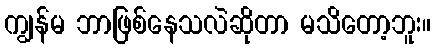
ကျွန်မ ဘာဖြစ်နေသလဲဆိုတာ မသိတော့ဘူး။